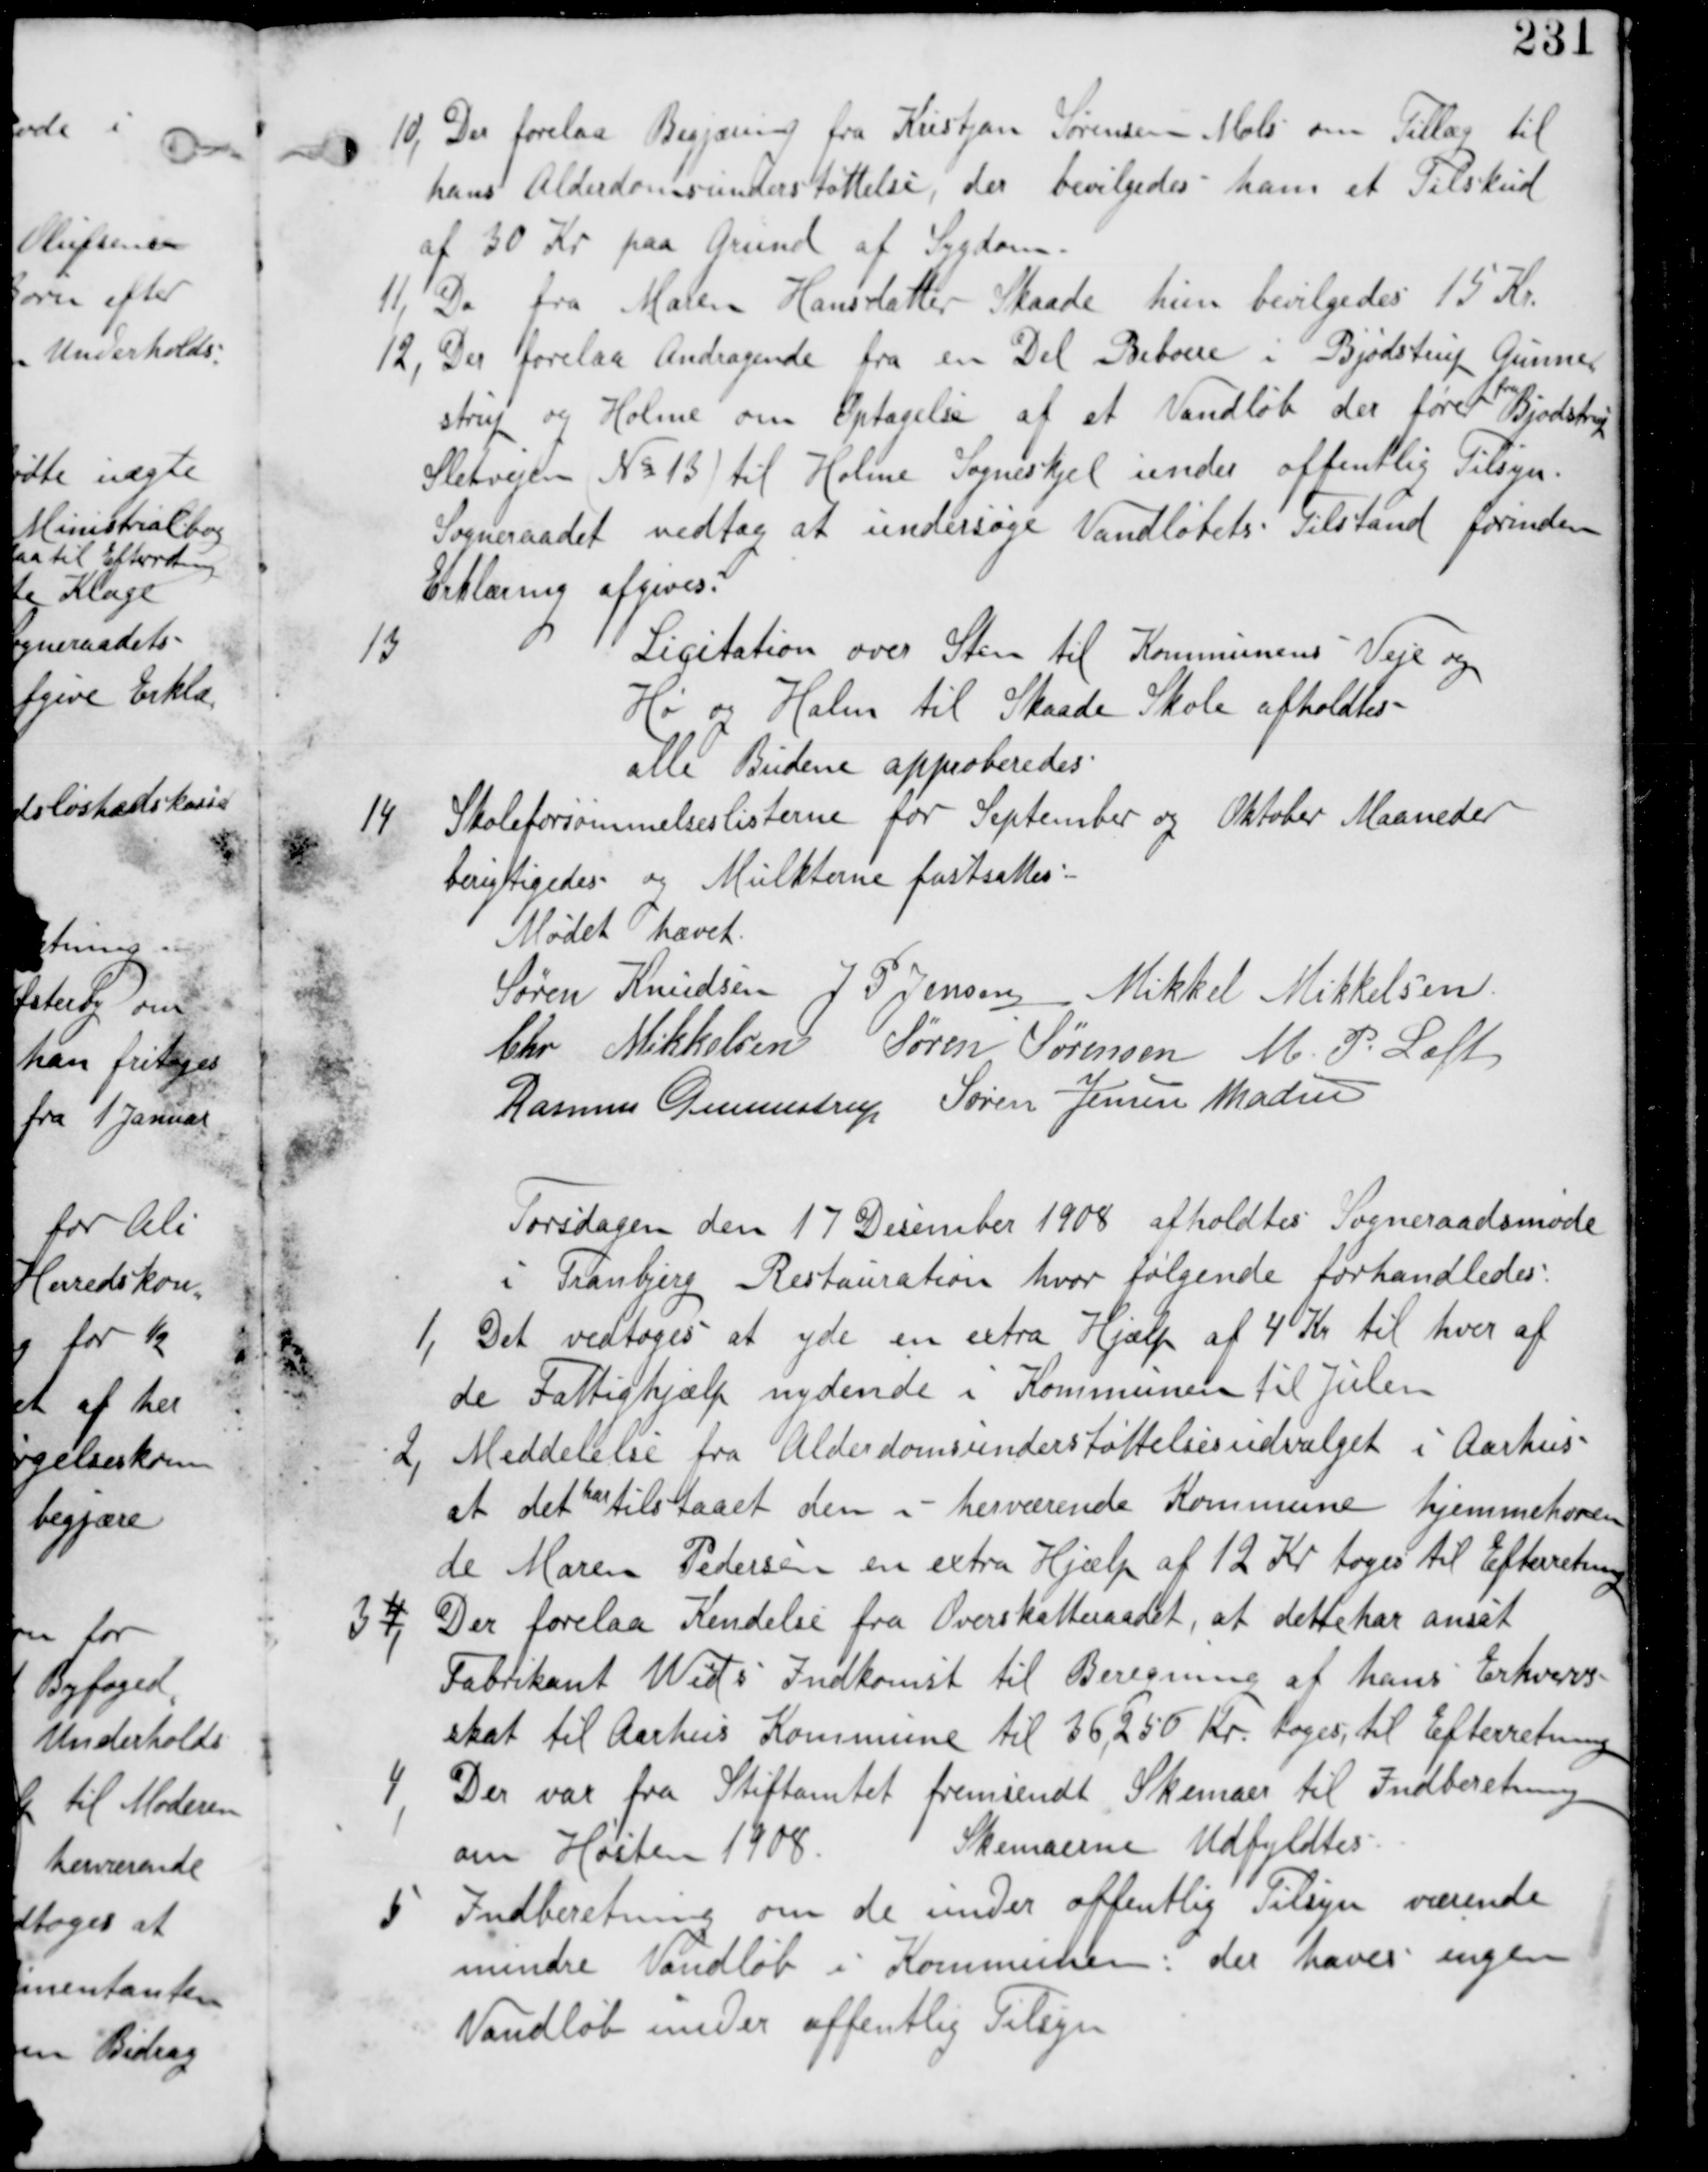
Transskription:
10, Der forelaa Begjæring fra Kristjan Sørensen Mols om Tillæg til
hans Alderdomsunderstøttelse, der bevilgedes ham et Tilskud
af 30 Kr paa Grund af Sygdom.

11, Do fra Maren Hansdatter Skaade  hub bevilgedes 15 Kr.

12, Der forelaa Andragende fra en Del Beboere i Bjødstrup Gunne
strup og Holme om Optagelse af et Vandløb der fører
fra
Bjødstrup
Sletvejen (No 13) til Holme Sogneskel under offentlig Tilsyn
Sogneraadet vedtog at undersøge Vandløbets Tilstand forinden
Erklæring afgives.

13
Licitation over Sten til Kommunens Veje og
Hø og Halm til Skaade Skole afholdes
alle Budene approberedes

14
Skoleforsømmelseslisterne for September og Oktober Maaneder
berigtiges og Multerne fastsættes

Mødet hævet
Søren Knudsen J P Jensen Mikkel Mikkelsen
Chr Mikkelsen Søren Sørensen M P Loft
Rasmus Gunnestrup Søren Jensen Madsen

Torsdagen den 17 Desember 1908 afholdes Sogneraaadsmøde
i Tranbjerg Restauration hvor følgende forhandledes:

1, Det vedtages at yde en exstra Hjælp af 4 Kr til hver af
de Fattighjælp nydende i Kommunen til Julen.

2, Meddelelse fra Alderdomsunderstøttelsesudvalget i Aarhus
at det har tilstaaet den i herværrende Kommune hjemmehøren
de Maren Pedersen en Extra Hjælp af 12 Kr tages til Efterretning

3 4, Der forelaa Kendelse fra Overskatteraaadet, at dette har ansat
Fabrikant Wids Indkomst til Beregning af hans Erhvervs
skat til Aarhus Kommune til 36,250 Kr. tages til Efterretning

4,
 Der var fra Stiftamtet fremsendt Skemaer til Indberetning
om Høsten 1908
Skemaerne Udfyldtes

5 Indberetning om de under offentlig Tilsyn værende
mindre Vandløb i Kommunen: der haves ingen
Vandløb under offentlig Tilsyn.